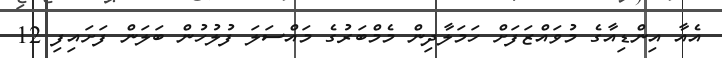
އެއާ އިންޑިއާގެ މުވައްޒަފަށް ހަމަލާދިން މެމްބަރުގެ މައްސަލަ ފުލުހުން ބަލަން ފަށައިފި 12